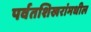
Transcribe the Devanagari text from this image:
पर्वतशिखरांमधील